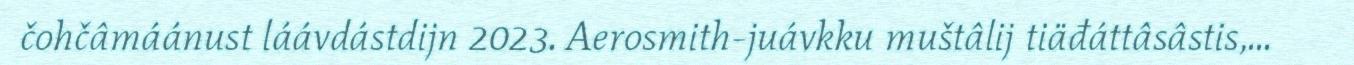
čohčâmáánust láávdástdijn 2023. Aerosmith-juávkku muštâlij tiäđáttâsâstis,...